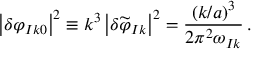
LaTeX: \left| \delta \varphi _ { I k 0 } \right| ^ { 2 } \equiv k ^ { 3 } \left| \delta \widetilde { \varphi } _ { I k } \right| ^ { 2 } = \frac { ( k / a ) ^ { 3 } } { 2 \pi ^ { 2 } \omega _ { I k } } \, .